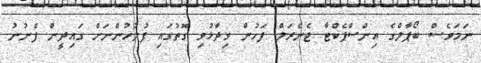
ނަމަވެސް ބޯޕާލްގެ އިންސްޕެކްޓާ ޖެނެރަލް ފަހުން ވިދާޅުވި ގޮތުގައި ފުލުހުންނަށް ގައިދީން ފެނުނު